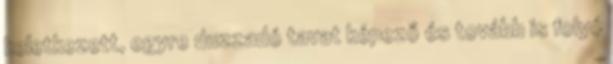
keletkezett, egyre duzzadó tavat képező és tovább is folyó